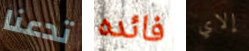
تدعنا فائده إلاي